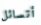
أتسائل